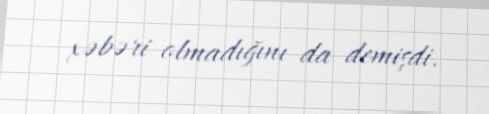
xəbəri olmadığını da demişdi.